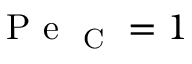
\mathrm { ~ P ~ e ~ } _ { \mathrm { ~ C ~ } } = 1